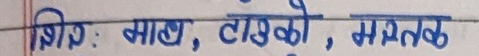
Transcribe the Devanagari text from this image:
शिर्ष: भाषा, टाउको, मतलब